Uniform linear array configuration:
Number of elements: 24
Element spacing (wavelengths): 0.75
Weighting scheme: hann
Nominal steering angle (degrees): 60
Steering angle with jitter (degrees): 60.807
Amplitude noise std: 0.05
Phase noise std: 0.05

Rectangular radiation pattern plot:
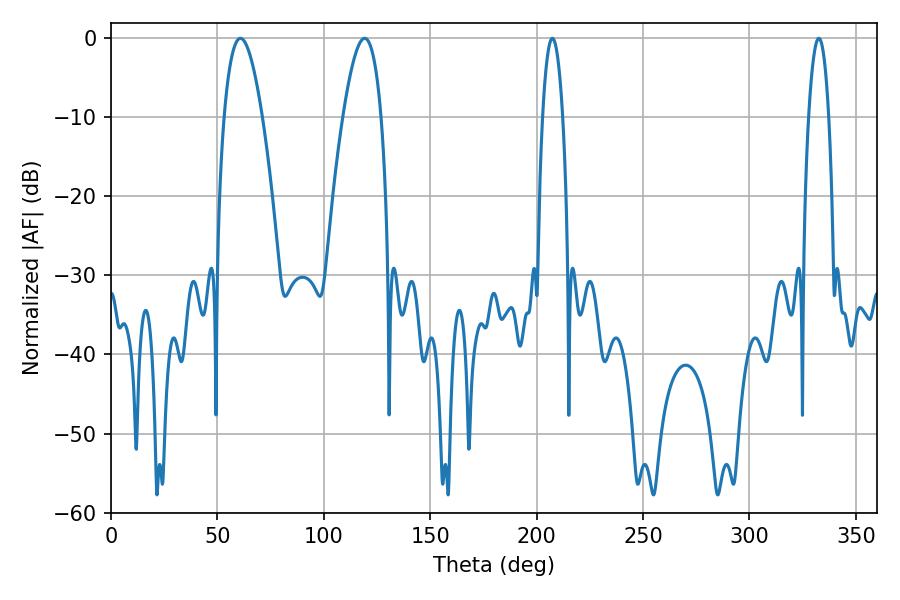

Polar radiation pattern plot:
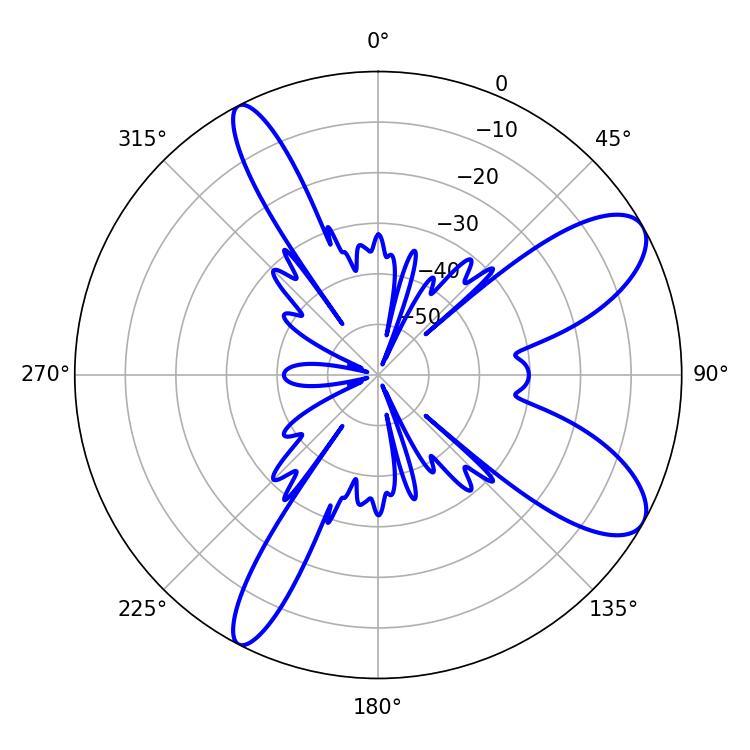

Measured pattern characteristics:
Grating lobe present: TRUE
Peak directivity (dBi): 9.331
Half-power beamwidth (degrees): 9.72
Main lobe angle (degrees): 119.16